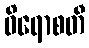
ဝိရောစတီ